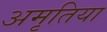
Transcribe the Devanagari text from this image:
अमृतिया